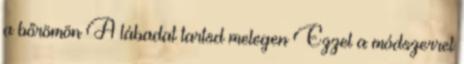
a bőrömön A lábadat tartsd melegen Ezzel a módszerrel